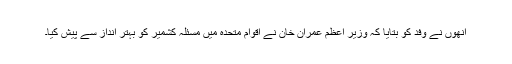
انھوں نے وفد کو بتایا کہ وزیر اعظم عمران خان نے اقوام متحدہ میں مسئلہ کشمیر کو بہتر انداز سے پیش کیا۔